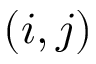
( i , j )